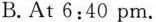
B.At6:40pm.